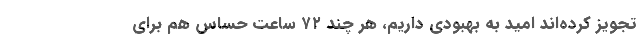
تجویز کرده‌اند امید به بهبودی داریم، هر چند ۷۲ ساعت‌ حساس هم برای